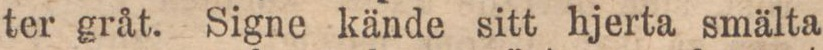
ter gråt. Signe kände sitt hjerta smälta